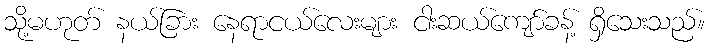
သို့မဟုတ် နယ်ခြား နေရာငယ်လေးများ ငါးဆယ်ကျော်ခန့် ရှိသေးသည်။